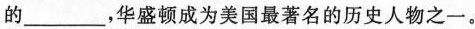
的___，华盛顿成为美国最著名的历史人物之一。